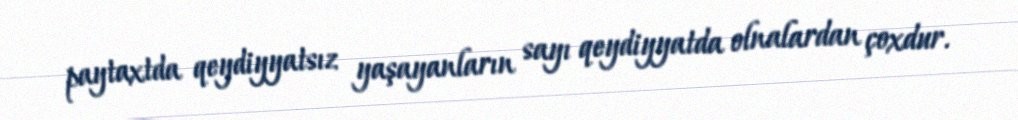
paytaxtda qeydiyyatsız yaşayanların sayı qeydiyyatda olnalardan çoxdur.